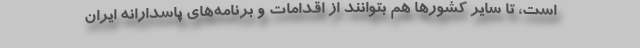
است، تا سایر کشورها هم بتوانند از اقدامات و برنامه‌های پاسدارانه ایران